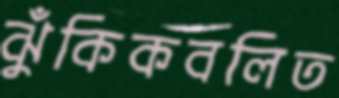
ঝুঁকিকবলিত